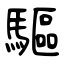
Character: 驅